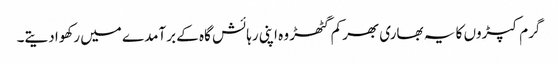
گرم کپڑوں کا یہ بھاری بھرکم گٹھڑ وہ اپنی رہائش گاہ کے برآمدے میں رکھوا دیتے۔